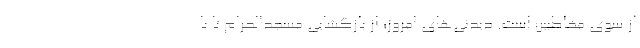
از سوی مخاطبین است. دیدنی‌های امروز؛ از بازگشایی مسجدالحرام تا با